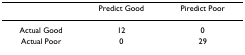
<table><thead><tr><td></td><td><b>Predict Good</b></td><td><b>Piredict Poor</b></td></tr></thead><tbody><tr><td>Actual Good</td><td>12</td><td>0</td></tr><tr><td>Actual Poor</td><td>0</td><td>29</td></tr></tbody></table>